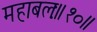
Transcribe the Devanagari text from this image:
महाबलः॥१०॥